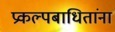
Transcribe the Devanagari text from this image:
प्रकल्पबाधितांना